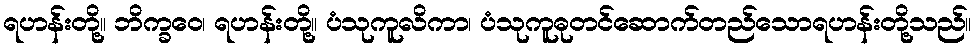
ရဟန်းတို့။ ဘိက္ခဝေ၊ ရဟန်းတို့။ ပံသုကူလိကာ၊ ပံသုကူဓုတင်ဆောက်တည်သောရဟန်းတို့သည်။